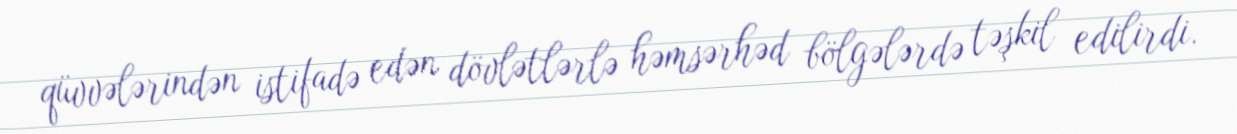
qüvvələrindən istifadə edən dövlətlərlə həmsərhəd bölgələrdə təşkil edilirdi.